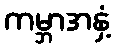
ကမ္ဘာအနှံ့